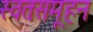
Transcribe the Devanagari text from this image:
स्वतःसमूहन